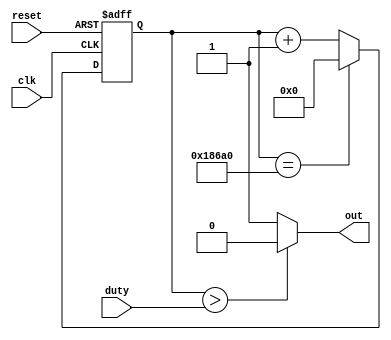
`timescale 1ns / 1ps

module pwm(clk, reset, duty, out);
    input clk, reset;
    input [16:0] duty;
    output out;
    
    // declare counter for slowing down the clock to 1KHz
    reg [16:0] counter;
    
    // increment counter at every positive edge clock to slow clock down
    always @ (posedge clk, posedge reset) begin
        if (reset) begin
            counter = 0;
        end
        else
            if (counter == 100000) begin
                counter = 0;
            end
            else
                counter = counter + 1;            
    end
    
    // compare desired duty cycle with counter
    // set output high pwm signal for when counter
    // is greater than the desired duty cycle
    // and low otherwise
    assign out = counter > duty ? 0 : 1;
    
endmodule